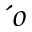
´ { o }